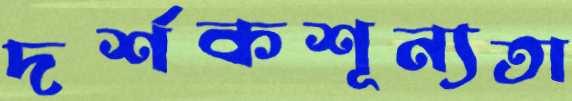
দর্শকশূন্যতা